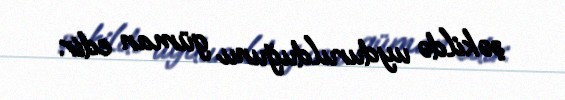
şəkildə uydurulduğunu güman edir.